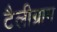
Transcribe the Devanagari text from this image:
टैलीग्राम